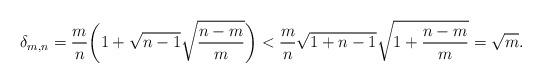
LaTeX: \begin{align*}\delta_{m,n} & = \frac{m}{n} \bigg( 1 + \sqrt{n-1} \sqrt{\frac{n-m}{m}} \bigg)< \frac{m}{n} \sqrt{1+n-1} \sqrt{ 1+ \frac{n-m}{m} }= \sqrt{m}.\end{align*}